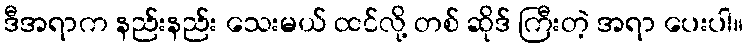
ဒီအရာက နည်းနည်း သေးမယ် ထင်လို့ တစ် ဆိုဒ် ကြီးတဲ့ အရာ ပေးပါ။